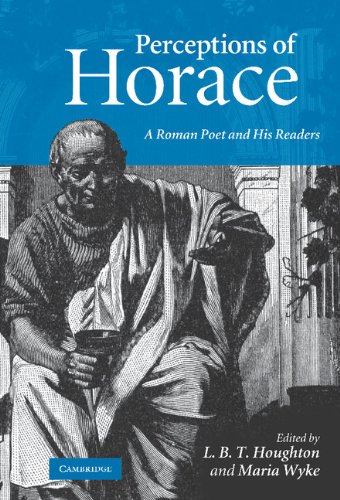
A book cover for Perceptions of Horace: A Roman Poet and his Readers; Literature & Fiction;